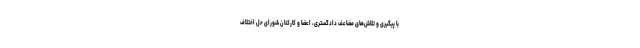
با پیگیری‌ و تلاش‌های مضاعف دادگستری، اعضا و کارکنان شورای حل اختلاف